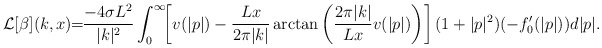
\begin{align*}\mathcal{L}[\beta](k,x)\!\! = \!\! \frac{-4\sigma L^2}{|k|^2}\int_0^{\infty}\!\! \left[v(|p|) - \frac{Lx}{2\pi |k|}\arctan\left(\frac{2\pi |k|}{Lx}v(|p|)\right)\right](1+|p|^2) (-f_0'(|p|))d|p|.\end{align*}